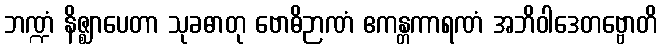
ဘဏ္ဍံ နိဇ္ဈာပေတာ သုခဓာတု ဗောဓိဉာဏံ ဧကန္တကာရဏံ အဘိဝါဒေတဗ္ဗောတိ